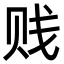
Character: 贱